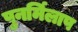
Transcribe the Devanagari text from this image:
पुनर्मिलाप